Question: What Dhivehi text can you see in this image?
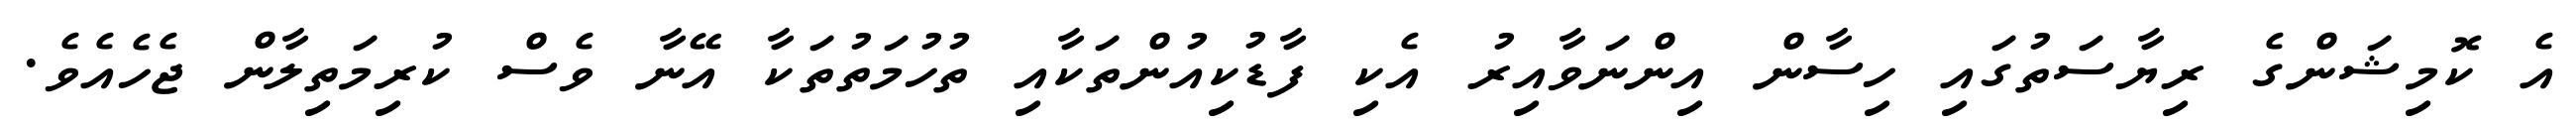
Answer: އެ ކޮމިޝަންގެ ރިޔާސަތުގައި ހިސާން އިންނަވާއިރު އެކި ފާޑުކިއުންތަކާއި ތުހުމަތުތަކާ އޭނާ ވެސް ކުރިމަތިލާން ޖެހެއެވެ.